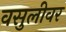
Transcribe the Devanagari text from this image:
वसुलीवर